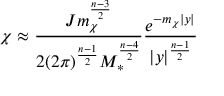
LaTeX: \chi \approx { \frac { J m _ { \chi } ^ { \frac { n - 3 } { 2 } } } { 2 ( 2 \pi ) ^ { \frac { n - 1 } { 2 } } M _ { * } ^ { \frac { n - 4 } { 2 } } } } { \frac { e ^ { - m _ { \chi } | y | } } { | y | ^ { \frac { n - 1 } { 2 } } } }